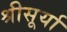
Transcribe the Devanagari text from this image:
श्रीसूर्या